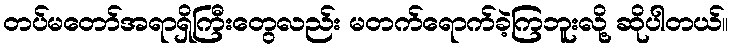
တပ်မတော်အရာရှိကြီးတွေလည်း မတက်ရောက်ခဲ့ကြဘူးလို့ ဆိုပါတယ်။